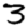
Digit: 3